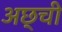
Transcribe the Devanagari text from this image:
अछ्ची